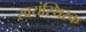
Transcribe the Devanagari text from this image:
स्वयंस्थिरक